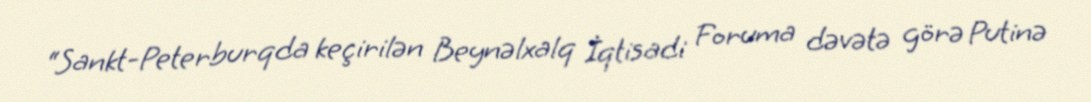
“Sankt-Peterburqda keçirilən Beynəlxalq İqtisadi Foruma dəvətə görə Putinə